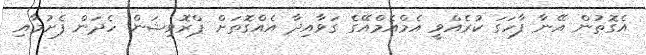
އެގޮތުން އޭނާ ފާހަގަ ކުރެއްވީ އެމްއެމްއޭގެ ގަވާއިދާ އެއްގޮތަށް ޕްރޮވިޝަން ހެދަން ފެށުމާއި